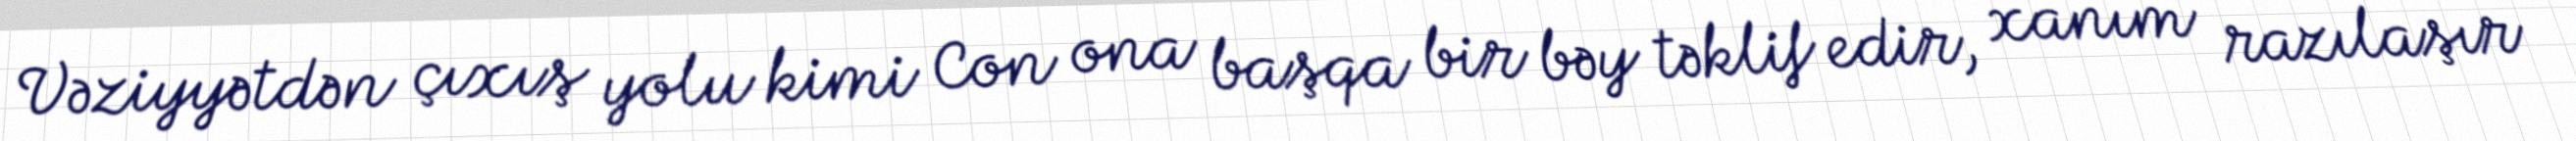
Vəziyyətdən çıxış yolu kimi Con ona başqa bir bəy təklif edir, xanım razılaşır